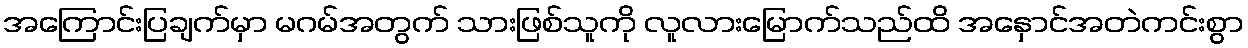
အကြောင်းပြချက်မှာ မဂမ်အတွက် သားဖြစ်သူကို လူလားမြောက်သည်ထိ အနှောင်အတဲကင်းစွာ